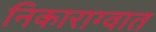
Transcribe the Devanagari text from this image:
निकाराग्वात